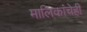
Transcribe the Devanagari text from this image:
मालिकांचेही